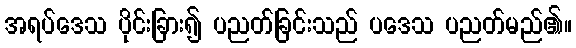
အရပ်ဒေသ ပိုင်းခြား၍ ပညတ်ခြင်းသည် ပဒေသ ပညတ်မည်၏။